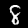
Label: 8